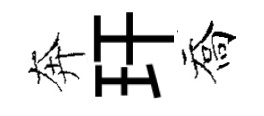
奔玕喬